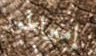
إمبراطور